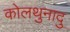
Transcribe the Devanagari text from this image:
कोलथुनादु